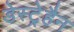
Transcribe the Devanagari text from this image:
डेस्ट्रेहैन